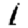
Digit: 1